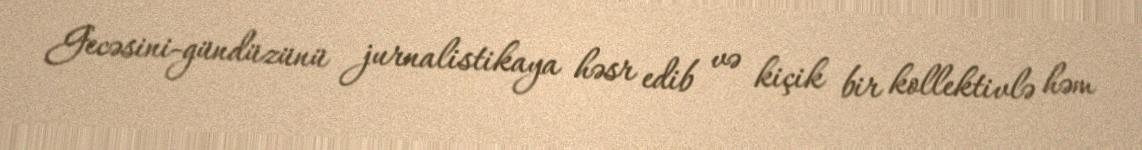
Gecəsini-gündüzünü jurnalistikaya həsr edib və kiçik bir kollektivlə həm